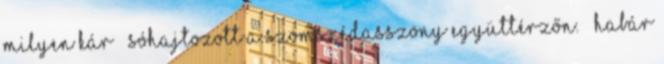
Milyen kár – sóhajtozott a szomszédasszony együttérzőn. – Habár